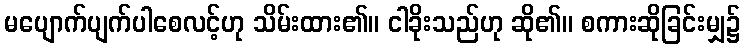
မပျောက်ပျက်ပါစေလင့်ဟု သိမ်းထား၏။ ငါခိုးသည်ဟု ဆို၏။ စကားဆိုခြင်းမျှ၌